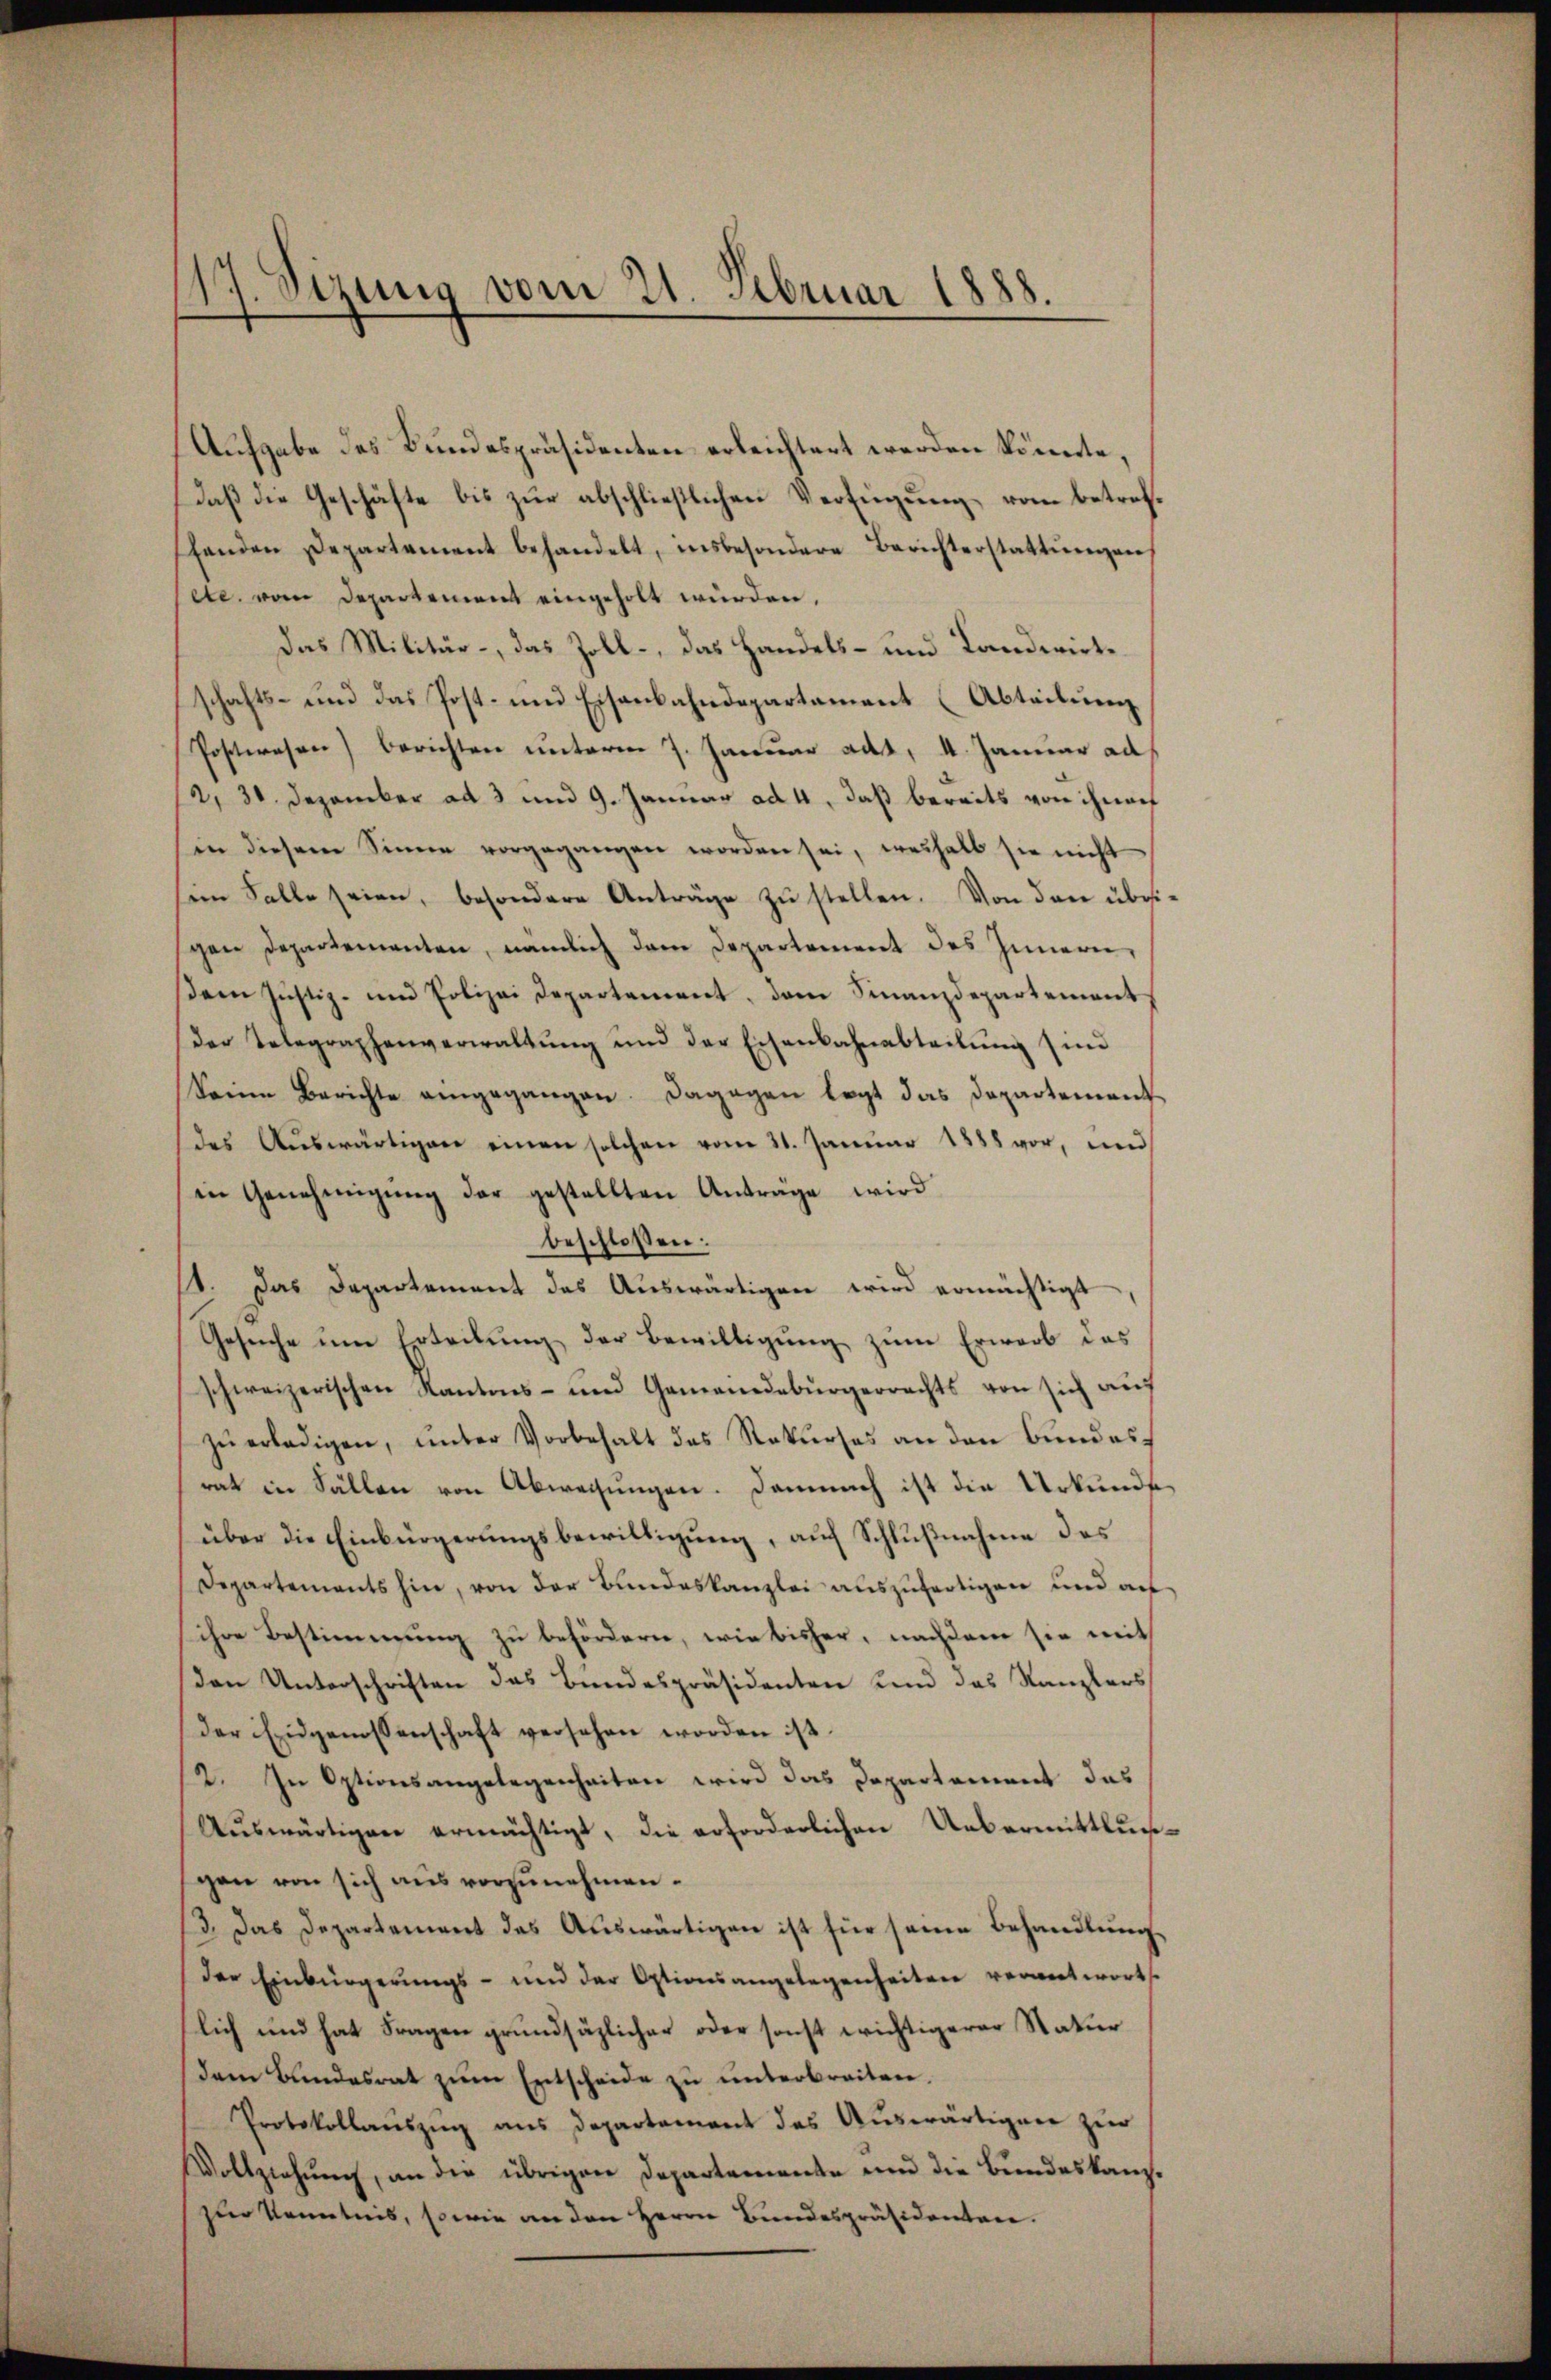
17. Sizung vom 21. Februar 1888.
.

Aufgabe des Bundespräsidenten erleichtert werden könnte,
Daß die Geschäfte bis zur abschließlichen Verfügung, vom betrefhenden Departement behandelt, insbesondere Berichterstattŭngen
etc. vom Departement eingeholt wurden,
Das Militär-, das Zoll, das Handels- und Landwirte
schafts- und das Post- und Eisenbahndepartement (Abteilung
Postwesen) berichten unterm 7. Januar ad 1, 4. Januar ad
2, 30. Dezember ad 3 und 9. Januar ad 4, daß bereits von ihnen
in diesem Sinne vorgegangen worden sei, weshalb sie nicht
sem Falle seien, besondere Anträge zŭ stellen. Von den übrigen Departementen, nämlich dem Departement des Innern,
Dem Justiz- und Polizei Departement, dem Finanzdepartement
der Telegraphenverwaltŭng und der Eisenbahnabteilŭng sind
Seine Berichte angegangen. Dagegen legt das Departement
des Auswärtigen einen solchen vom 21. Januar 1888 vor, und
in Genehmigŭng der gestellten Antrage wird
beschlossen:
12. Das Departement das Auswärtigen wird ermächtigt
Gesuche um Erteilung der Bewilligung zum Erwarb des
schweizerischen Kantons- und Gemeindebürgerrechts von sich aus
zu erledigen, unter Vorbehalt des Rekurses an den Bundesrat in Fällen von Abweisungen. Demnach ist die Urkunde
über die Einbürgerungsbewilligung, auf Schlußnahme des
Departements hin, von der Bundeskanzlei auszufertigen und auf
sicher Bestimmung zu befördern, wie bisher, nachdem sie mit
den Unterschriften das Bundespräsidenten und das Kanzlers
der Eidgenossenschaft versehen worden ist.
2. In Optionsangelegenheiten wird das Departement das
Auswärtigen ermächtigt, die erforderlichen Uebermittlungen von sich aus vorzunehmen.
13. Das Departement das Auswärtigen ist für seine Behandlung,
Der Einbürgerungs- und der Optionsangelegenheiten verantworts
lich und hat Fragen grundsäzlicher oder sonst wichtigerer Natur
dem Bundesrat zum Entscheide zu unterbreiten.
Protokollauszug aus Departement das Auswärtigen zur
Vollziehung, an die übrigen Departemente und die Bundeskanzzur Kenntnis, sowie an den Herrn Bundespräsidenten.